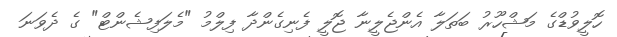
ހޮލީވުޑްގެ މަޝްހޫރު ބަތަލާ އެންޖެލީނާ ޖޮލީ ފެނިގެންދާ ފިލްމު "މެލަފިޝެންޓް" ގެ ދެވަނަ